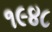
૧૯૪૮